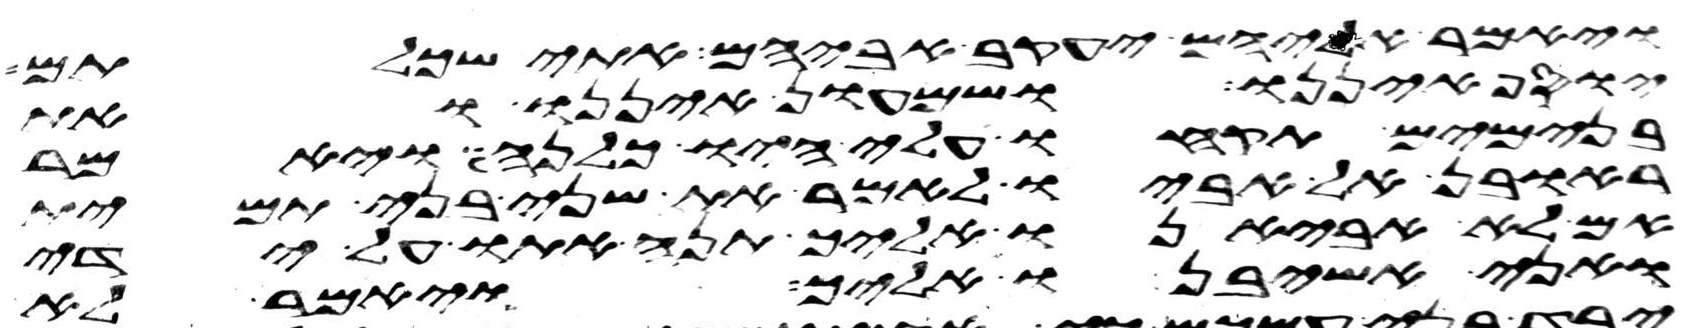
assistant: ויאמר אליהם יעקב אביהם אתי שכלתם
יוסף איננו ושמעון איננו ואת
בנימים תקחו עלי היו כלנה ויאמר
ראובן אל אביו לאמר את שני בני תמית
אם לא אביאנו אליך תנה אתו על ידי
ואני אשיבנו אליך ויאמר לא